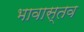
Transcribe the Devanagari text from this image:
भावास्तव